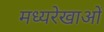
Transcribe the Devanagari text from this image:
मध्यरेखाओं